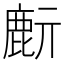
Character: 𪊔